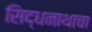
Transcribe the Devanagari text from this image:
सिद्धनाथाचा